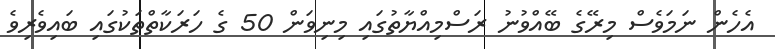
އެހެން ނަމަވެސް މިރޭގެ ބޭއްވުނު ރަސްމިއްޔާތުގައި މިނިވަން 50 ގެ ހަރަކާތްތަކުގައި ބައިވެރިވެ